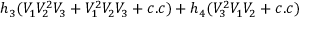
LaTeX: h _ { 3 } ( V _ { 1 } V _ { 2 } ^ { 2 } V _ { 3 } + V _ { 1 } ^ { 2 } V _ { 2 } V _ { 3 } + c . c ) + h _ { 4 } ( V _ { 3 } ^ { 2 } V _ { 1 } V _ { 2 } + c . c )